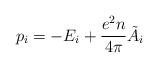
LaTeX: \begin{align*}p_i = -E_i + \frac{e^2 n}{4 \pi}\tilde A_i\end{align*}